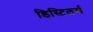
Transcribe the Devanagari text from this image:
डिस्टिलर्स